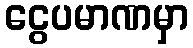
ငွေပမာဏမှာ